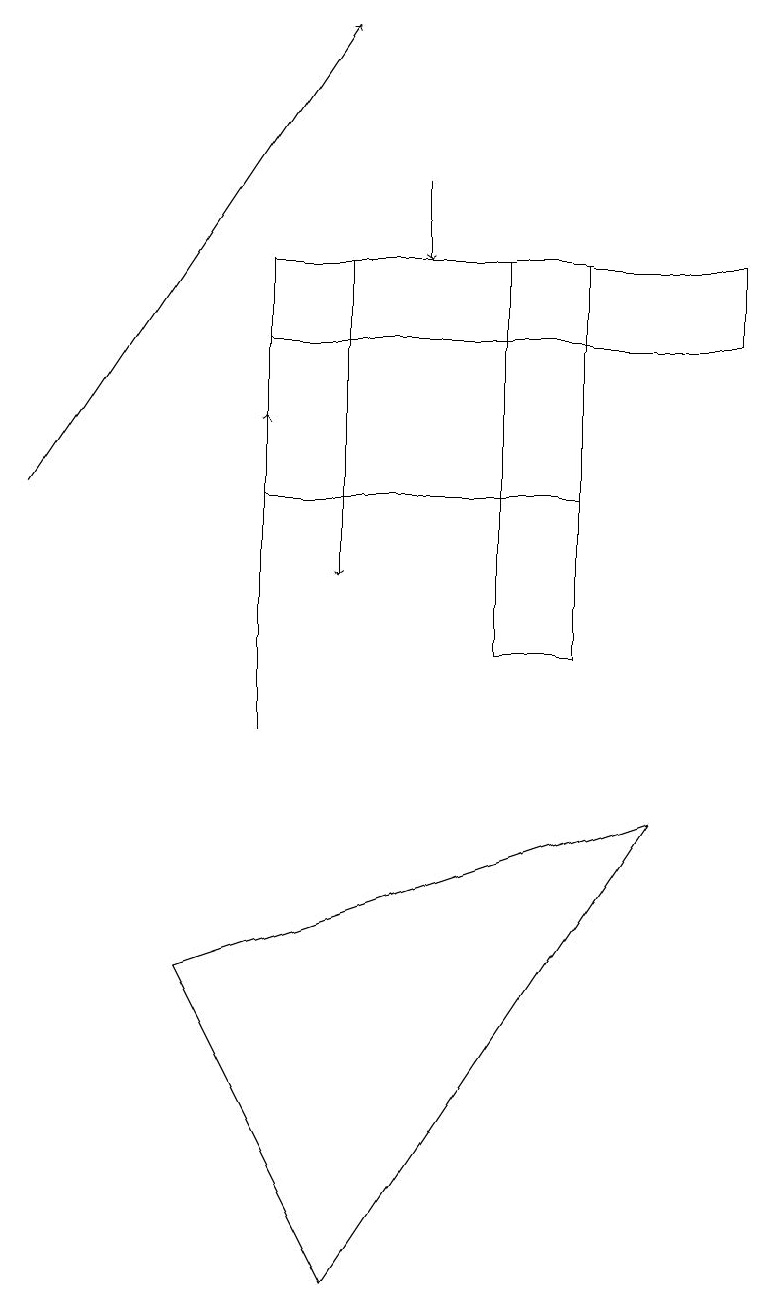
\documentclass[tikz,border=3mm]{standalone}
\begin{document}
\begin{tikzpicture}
\draw[->] (5,17) -- (5,16);
\draw[->] (4,16) -- (4,12);
\draw (6,11) rectangle (7,16);
\draw (8,9) -- (4,3) -- (2,7) -- cycle;
\draw[->] (3,10) -- (3,14);
\draw (7,15) rectangle (3,13);
\draw[->] (0,13) -- (4,19);
\draw (9,16) rectangle (3,15);
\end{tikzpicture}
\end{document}